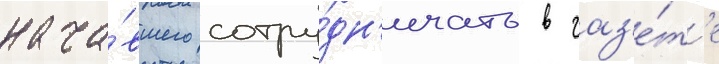
нача́вшего сотру́дн'ичать в газ'е́т'е